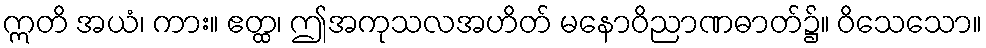
ဣတိ အယံ၊ ကား။ ဧတ္ထ၊ ဤအကုသလအဟိတ် မနောဝိညာဏဓာတ်၌။ ဝိသေသော။